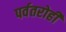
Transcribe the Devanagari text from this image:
पर्वतरोही